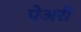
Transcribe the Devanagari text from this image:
पेअरी